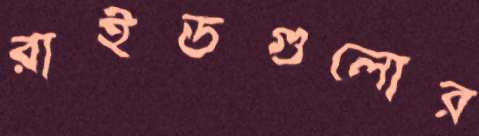
রাইডগুলোর